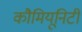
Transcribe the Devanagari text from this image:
कौमियूनिटी